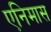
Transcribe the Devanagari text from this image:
एनिमास